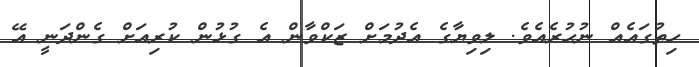
ހިތުގައެއް ނުހުރެއެވެ. ލިވިޔާގެ އެދުމަށް ޒަކްވާން އެ ގުޅުން ކުރިއަށް ގެންދަނީ އޭ